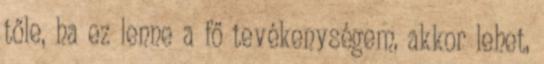
tőle, ha ez lenne a fő tevékenységem, akkor lehet,